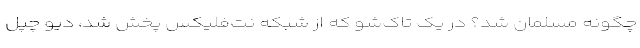
چگونه مسلمان شد؟ در یک تاک‌شو که از شبکه نت‌فلیکس پخش شد، دیو چپل